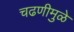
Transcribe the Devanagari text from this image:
चढणीमुळे